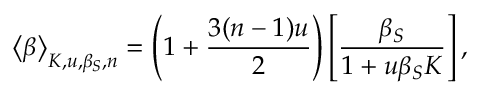
\big < \beta \big > _ { K , u , \beta _ { S } , n } = \left( 1 + \frac { 3 ( n - 1 ) u } { 2 } \right) \left[ \frac { \beta _ { S } } { 1 + u \beta _ { S } K } \right] ,